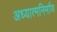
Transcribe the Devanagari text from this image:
अध्यात्मनिर्माण